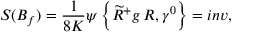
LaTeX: S ( B _ { f } ) = \frac { 1 } { 8 K } \psi \left\{ \widetilde { R } ^ { + } g \, R , \gamma ^ { 0 } \right\} = i n v ,